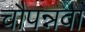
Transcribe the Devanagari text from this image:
चौपन्नवा